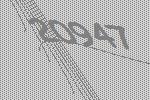
20947